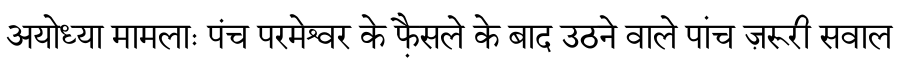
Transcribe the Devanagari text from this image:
अयोध्या मामलाः पंच परमेश्वर के फै़सले के बाद उठने वाले पांच ज़रूरी सवाल